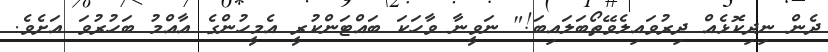
ދެން ނިދިކޮޅެއް ދިރުވައިލެވޭތޯބަލައިބަ!" ނަވީނާ ވާހަކަ ބައްޓަންކުރީ އެމީހުންގެ އާއްމު ބަހުރުވަ އަށެވެ.